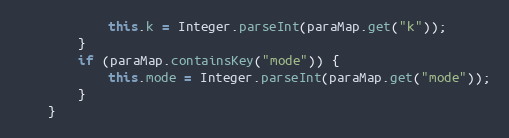
Language: Java
            this.k = Integer.parseInt(paraMap.get("k"));
        }
        if (paraMap.containsKey("mode")) {
            this.mode = Integer.parseInt(paraMap.get("mode"));
        }
    }